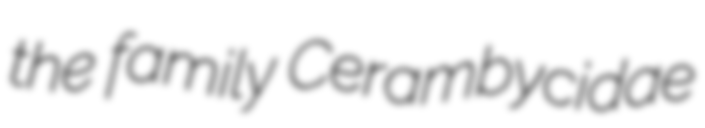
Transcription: the family Cerambycidae